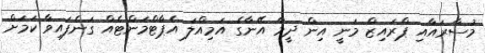
މުސާރައާއި ޕްރައިޒް މަނީ އިން ދީމާ އޭނާގެ އަމިއްލަ އެޕާޓްމަންޓެއް ގަނެފައިވާ ކަމަށް